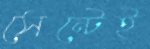
সেন্টেই